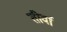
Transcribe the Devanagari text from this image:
तीर्वा